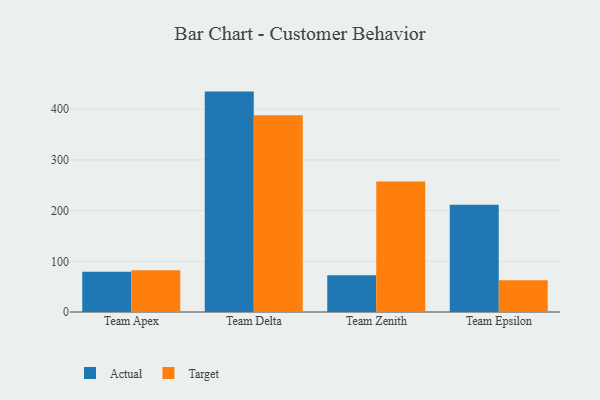
{"axis": {"x": "Team", "y": "Demand Index"}, "legend": ["Actual", "Target"], "data": [{"x": "Team Apex", "y": 79.4, "type": "Actual"}, {"x": "Team Apex", "y": 82.2, "type": "Target"}, {"x": "Team Delta", "y": 434.7, "type": "Actual"}, {"x": "Team Delta", "y": 388.2, "type": "Target"}, {"x": "Team Zenith", "y": 72.5, "type": "Actual"}, {"x": "Team Zenith", "y": 257.4, "type": "Target"}, {"x": "Team Epsilon", "y": 211.3, "type": "Actual"}, {"x": "Team Epsilon", "y": 62.8, "type": "Target"}]}